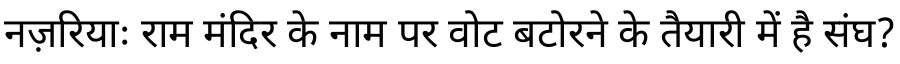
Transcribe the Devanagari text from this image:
नज़रियाः राम मंदिर के नाम पर वोट बटोरने के तैयारी में है संघ?